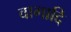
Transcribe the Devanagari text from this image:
वागादि